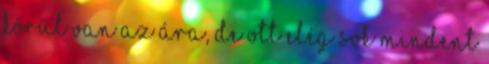
körül van az ára, de ott elég sok mindent